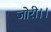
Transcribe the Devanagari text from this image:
जोरी।।